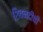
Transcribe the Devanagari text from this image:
शिवनदीची